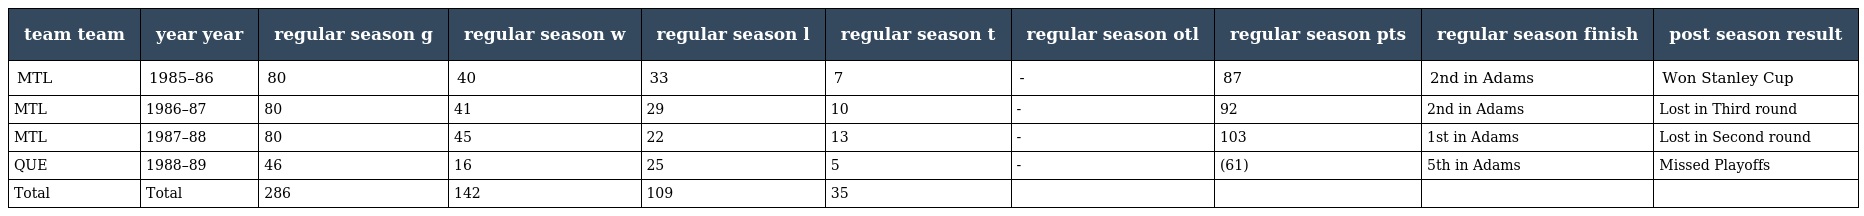
| team team | year year | regular season g | regular season w | regular season l | regular season t | regular season otl | regular season pts | regular season finish | post season result |
 | --- | --- | --- | --- | --- | --- | --- | --- | --- | --- |
 | MTL | 1985–86 | 80 | 40 | 33 | 7 | - | 87 | 2nd in Adams | Won Stanley Cup |
 | MTL | 1986–87 | 80 | 41 | 29 | 10 | - | 92 | 2nd in Adams | Lost in Third round |
 | MTL | 1987–88 | 80 | 45 | 22 | 13 | - | 103 | 1st in Adams | Lost in Second round |
 | QUE | 1988–89 | 46 | 16 | 25 | 5 | - | (61) | 5th in Adams | Missed Playoffs |
 | Total | Total | 286 | 142 | 109 | 35 |  |  |  |  |